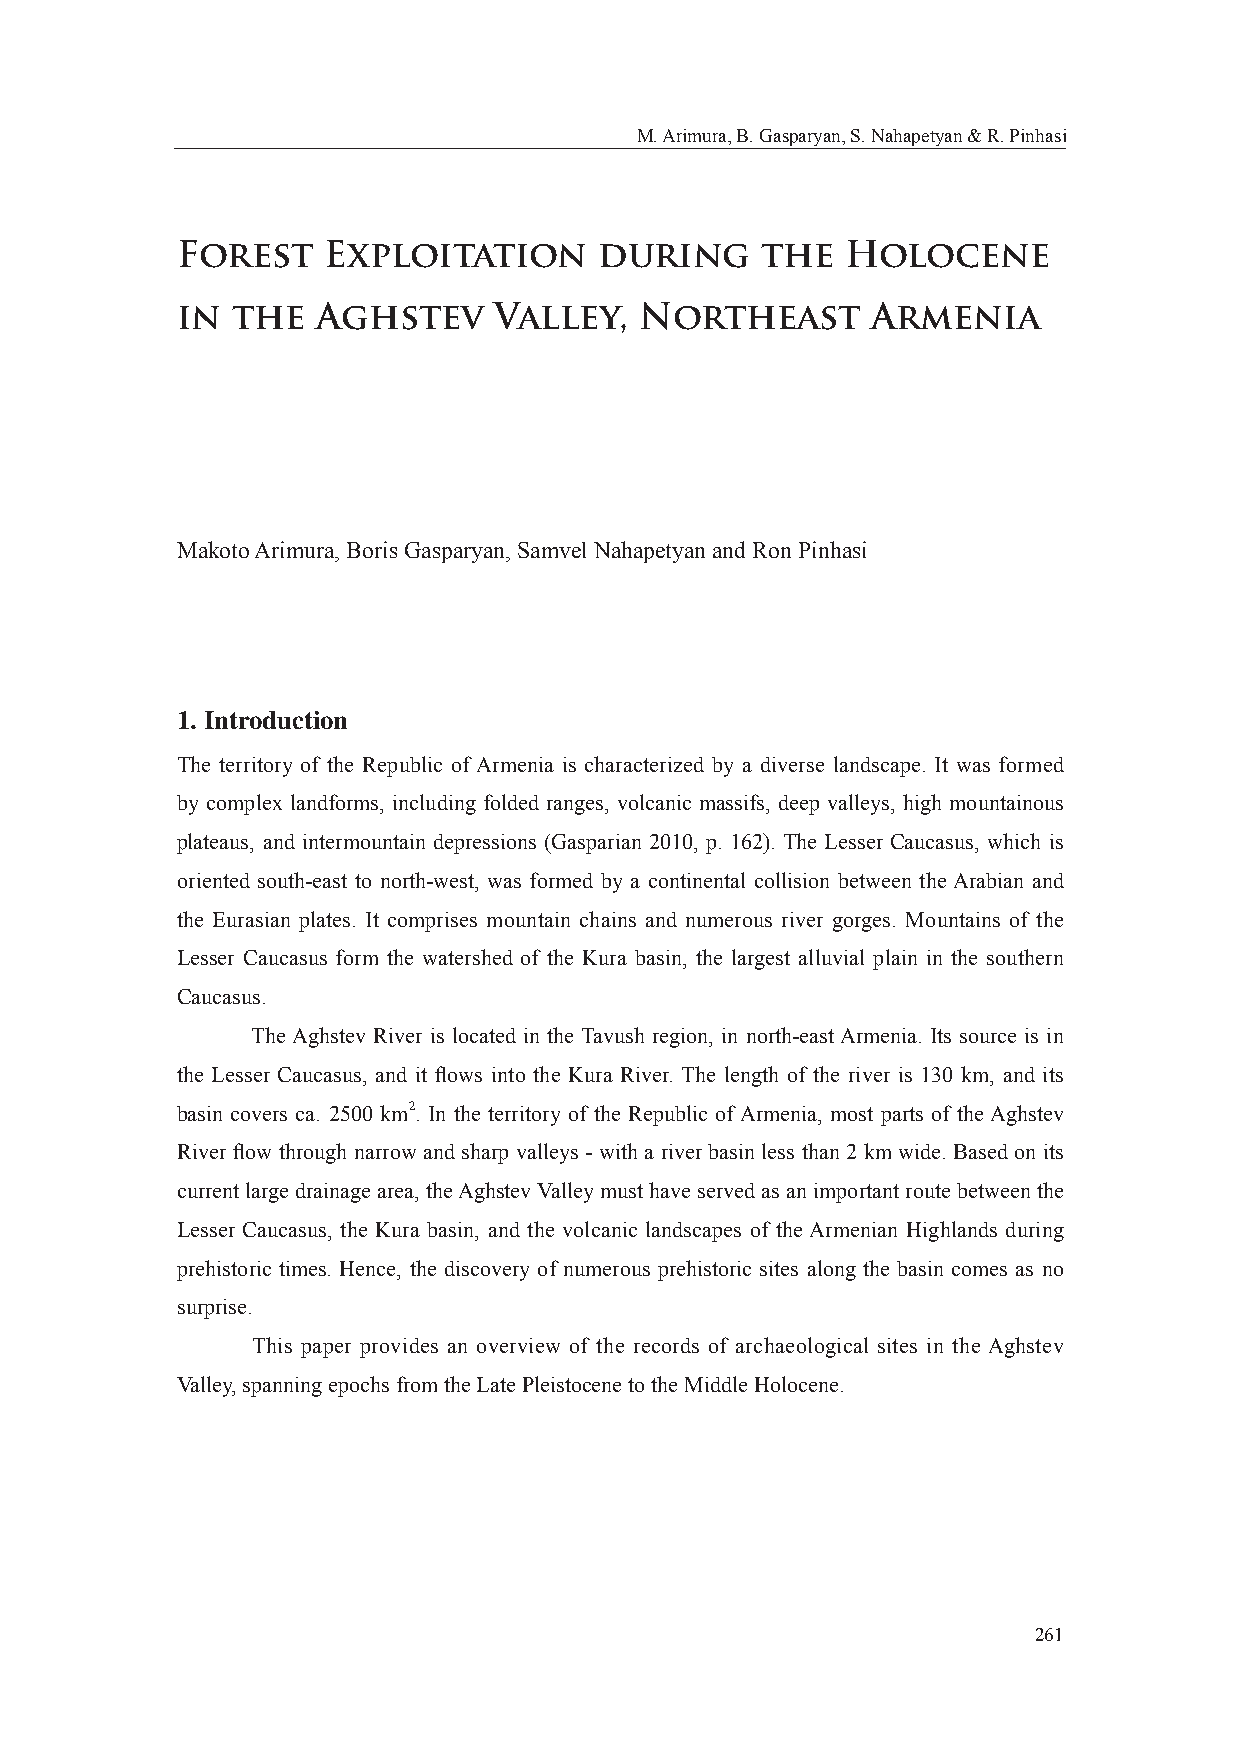
M. Arimura, B. Gasparyan, S. Nahapetyan & R. Pinhasi
 Forest   Exploitation       during    the   Holocene
 in the   Aghstev     Valley,  Northeast       Armenia
 Makoto Arimura, Boris Gasparyan, Samvel Nahapetyan and Ron Pinhasi
 1. Introduction
 The territory of the Republic of Armenia is characterized by a diverse landscape. It was formed
 by complex landforms, including folded ranges, volcanic massifs, deep valleys, high mountainous
 plateaus, and intermountain depressions (Gasparian 2010, p. 162). The Lesser Caucasus, which is
 oriented south-east to north-west, was formed by a continental collision between the Arabian and
 the Eurasian plates. It comprises mountain chains and numerous river gorges. Mountains of the
 Lesser Caucasus form the watershed of the Kura basin, the largest alluvial plain in the southern
 Caucasus.
 The Aghstev River is located in the Tavush region, in north-east Armenia. Its source is in
 the Lesser Caucasus, and it fl ows into the Kura River. The length of the river is 130 km, and its
 basin covers ca. 2500 km2. In the territory of the Republic of Armenia, most parts of the Aghstev
 River fl ow through narrow and sharp valleys - with a river basin less than 2 km wide. Based on its
 current large drainage area, the Aghstev Valley must have served as an important route between the
 Lesser Caucasus, the Kura basin, and the volcanic landscapes of the Armenian Highlands during
 prehistoric times. Hence, the discovery of numerous prehistoric sites along the basin comes as no
 surprise.
 This paper provides an overview of the records of archaeological sites in the Aghstev
 Valley, spanning epochs from the Late Pleistocene to the Middle Holocene.
 261